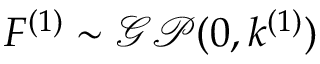
F ^ { ( 1 ) } \sim \mathcal { G P } ( 0 , k ^ { ( 1 ) } )